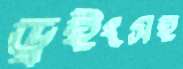
ড্রইংসহ